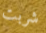
شربت